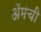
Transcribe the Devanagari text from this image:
ॲमची